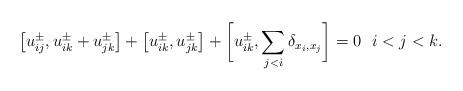
LaTeX: \begin{gather*}\big[u_{ij}^{\pm},u_{ik}^{\pm} + u_{jk}^{\pm}\big]+\big[u_{ik}^{\pm},u_{jk}^{\pm}\big] +\bigg[u_{ik}^{\pm}, \sum_{j < i} \delta_{x_i,x_j}\bigg] =0 \ \ i < j < k.\end{gather*}